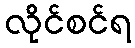
လိုင်စင်ရ